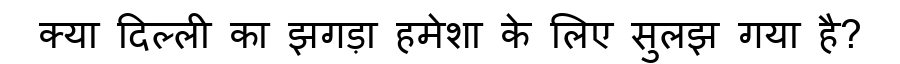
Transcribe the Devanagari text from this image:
क्या दिल्ली का झगड़ा हमेशा के लिए सुलझ गया है?